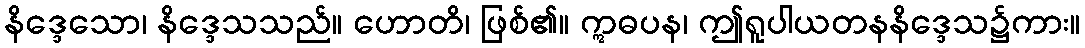
နိဒ္ဒေသော၊ နိဒ္ဒေသသည်။ ဟောတိ၊ ဖြစ်၏။ ဣဓပန၊ ဤရူပါယတနနိဒ္ဒေသ၌ကား။